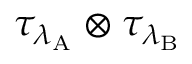
\tau _ { \lambda _ { \mathrm { A } } } \otimes \tau _ { \lambda _ { \mathrm { B } } }